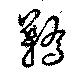
鞽